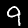
Digit: 9